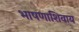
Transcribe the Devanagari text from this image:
भाषणाशिवाय